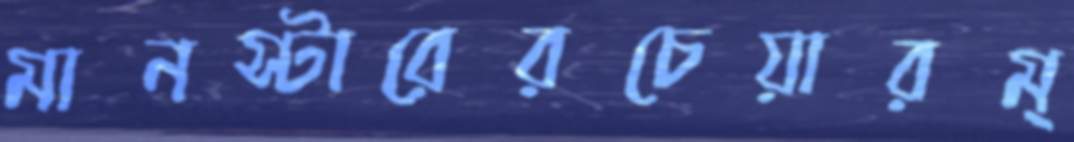
মানস্টারেরচেয়ারম্